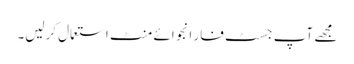
مجھے آپ جسٹ فار انجوائے منٹ استعمال کرلیں۔